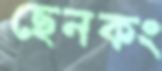
ছেনকং